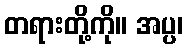
တရားတို့ကို။ အပ္ပ၊